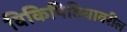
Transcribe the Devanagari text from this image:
विकिपिडियावरील